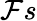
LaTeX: \mathcal{F}s